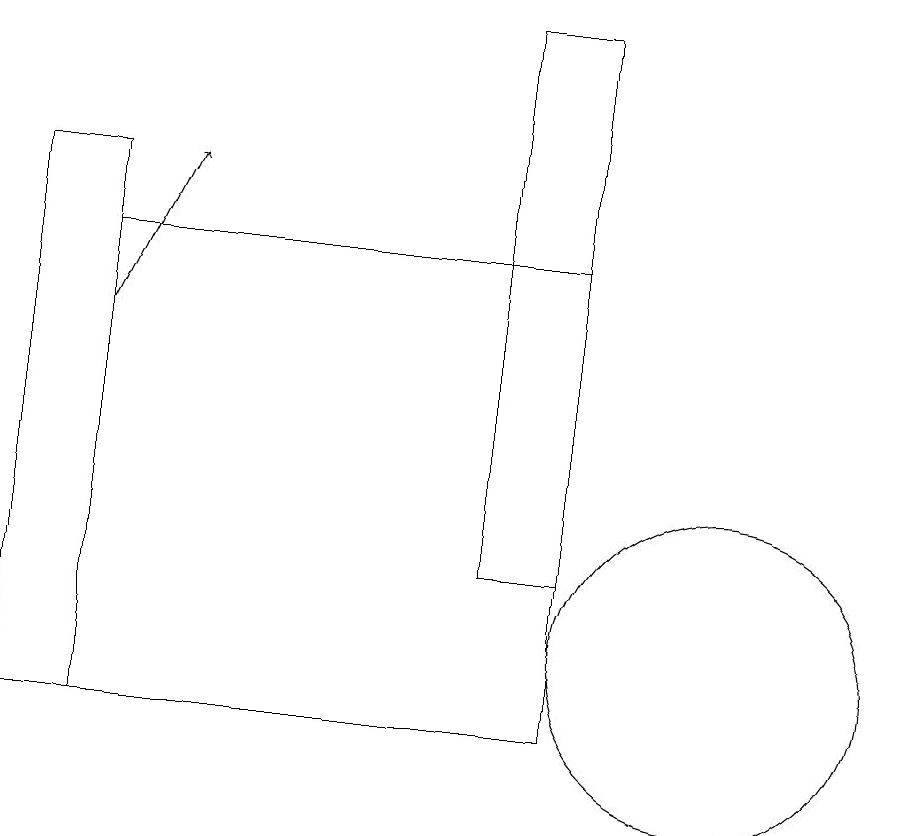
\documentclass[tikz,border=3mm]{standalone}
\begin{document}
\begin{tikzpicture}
\draw (9,19) rectangle (8,12);
\draw (3,10) rectangle (9,16);
\draw (11,11) circle (2);
\draw[->] (3,15) -- (4,17);
\draw (2,17) rectangle (3,10);
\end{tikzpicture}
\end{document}